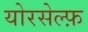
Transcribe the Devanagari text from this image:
योरसेल्फ़